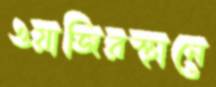
ওয়াজিরস্থানে